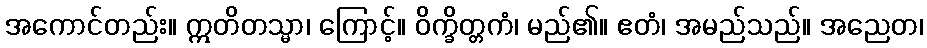
အကောင်တည်း။ ဣတိတသ္မာ၊ ကြောင့်။ ဝိက္ခိတ္တကံ၊ မည်၏။ ဧတံ၊ အမည်သည်။ အညေတ၊